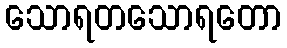
သောရတသောရတော